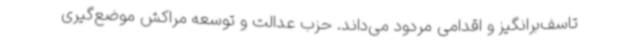
تاسف‌برانگیز و اقدامی مردود می‌داند. حزب عدالت و توسعه مراکش موضع‌گیری